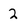
Character: 2